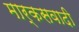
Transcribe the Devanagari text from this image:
मार्कसवादी